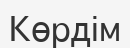
Көрдім